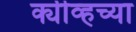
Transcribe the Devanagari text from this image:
क्यीव्हच्या